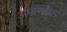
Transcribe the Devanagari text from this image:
अगन्तियर